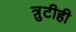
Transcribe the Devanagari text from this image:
त्रुटीही